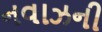
નવાઝની